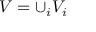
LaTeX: V = \cup _ { i } V _ { i }